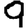
Digit: 9